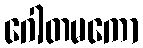
ဂေါတမကော